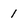
Character: 1